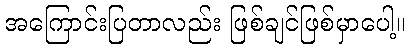
အကြောင်းပြတာလည်း ဖြစ်ချင်ဖြစ်မှာပေါ့။